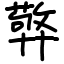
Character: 㢣